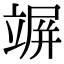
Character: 竮